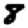
Digit: 8